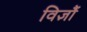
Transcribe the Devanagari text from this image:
विज्ञौं